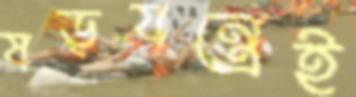
ষড়যন্ত্রেই